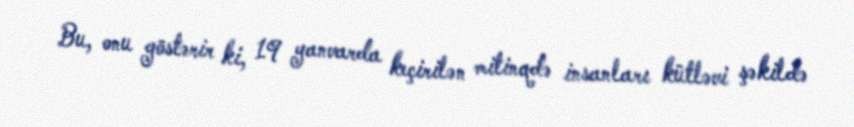
Bu, onu göstərir ki, 19 yanvarda keçirilən mitinqdə insanları kütləvi şəkildə